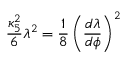
{ \frac { \kappa _ { 5 } ^ { 2 } } { 6 } } \lambda ^ { 2 } = { \frac { 1 } { 8 } } \left( { \frac { d \lambda } { d \phi } } \right) ^ { 2 }